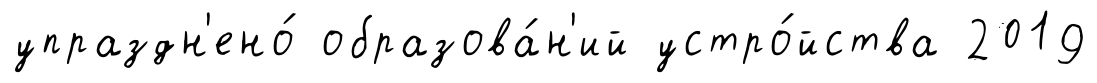
упраздн'ено́ образова́н'ий устро́йства 2019